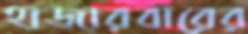
হাজারবারের